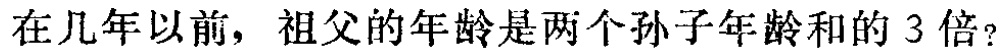
在几年以前，祖父的年龄是两个孙子年龄和的 3 倍？